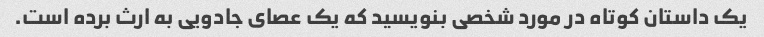
یک داستان کوتاه در مورد شخصی بنویسید که یک عصای جادویی به ارث برده است.